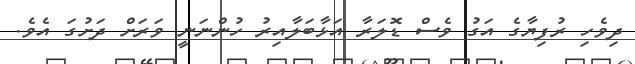
ދިވެހި ރުފިޔާގެ އަގު ވެސް ޑޮލަރާ އަޅާބަލާއިރު ހުންނަނީ ވަރަށް ދަށުގަ އެވެ.